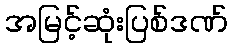
အမြင့်ဆုံးပြစ်ဒဏ်